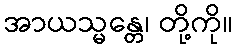
အာယသ္မန္တေ၊ တို့ကို။